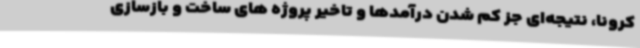
کرونا، نتیجه‌ای جز کم شدن درآمدها و تاخیر پروژه های ساخت و بازسازی